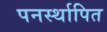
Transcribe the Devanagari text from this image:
पनर्स्थापित